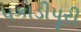
પકોડીપૂરી